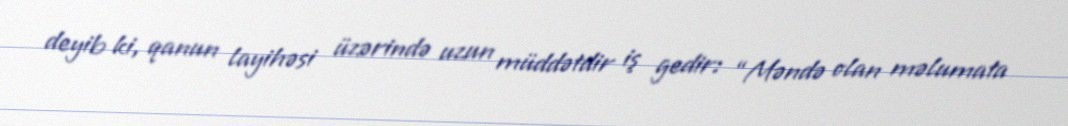
deyib ki, qanun layihəsi üzərində uzun müddətdir iş gedir: “Məndə olan məlumata